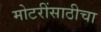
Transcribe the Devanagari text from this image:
मोटरींसाठीचा